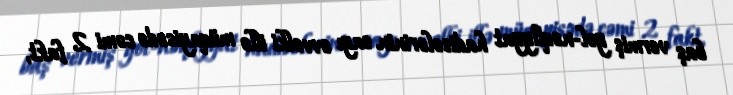
baş vermiş yol-nəqliyyat hadisələrinin sayı əvvəlki illə müqayisədə cəmi 2 fakt,